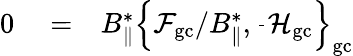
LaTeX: \begin{array}{rlr}{0}&{{}=}&{B_{\| }^{*}\left\{ {\cal F}_{\mathrm{gc}}/B_{\| }^{*},\frac{}{}{\cal H}_{\mathrm{gc}}\right\} _{\mathrm{gc}}}\end{array}